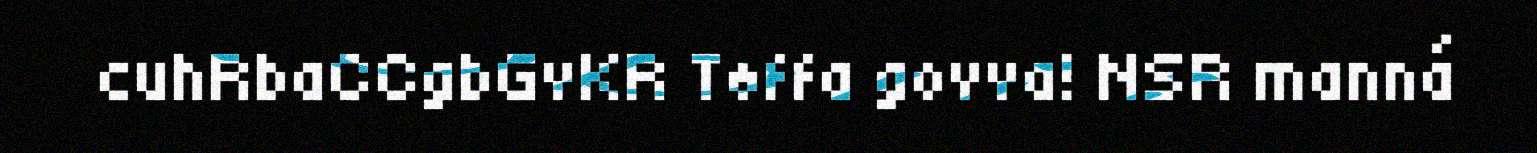
cuhRbaCCgbGvKR Tøffa govva! NSR manná